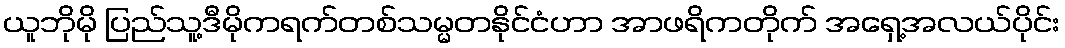
ယူဘိုမို ပြည်သူ့ဒီမိုကရက်တစ်သမ္မတနိုင်ငံဟာ အာဖရိကတိုက် အရှေ့အလယ်ပိုင်း